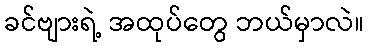
ခင်ဗျားရဲ့ အထုပ်တွေ ဘယ်မှာလဲ။